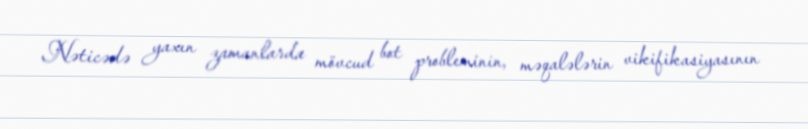
Nəticədə yaxın zamanlarda mövcud bot probleminin, məqalələrin vikifikasiyasının